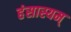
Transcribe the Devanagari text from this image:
हंसास्यम्